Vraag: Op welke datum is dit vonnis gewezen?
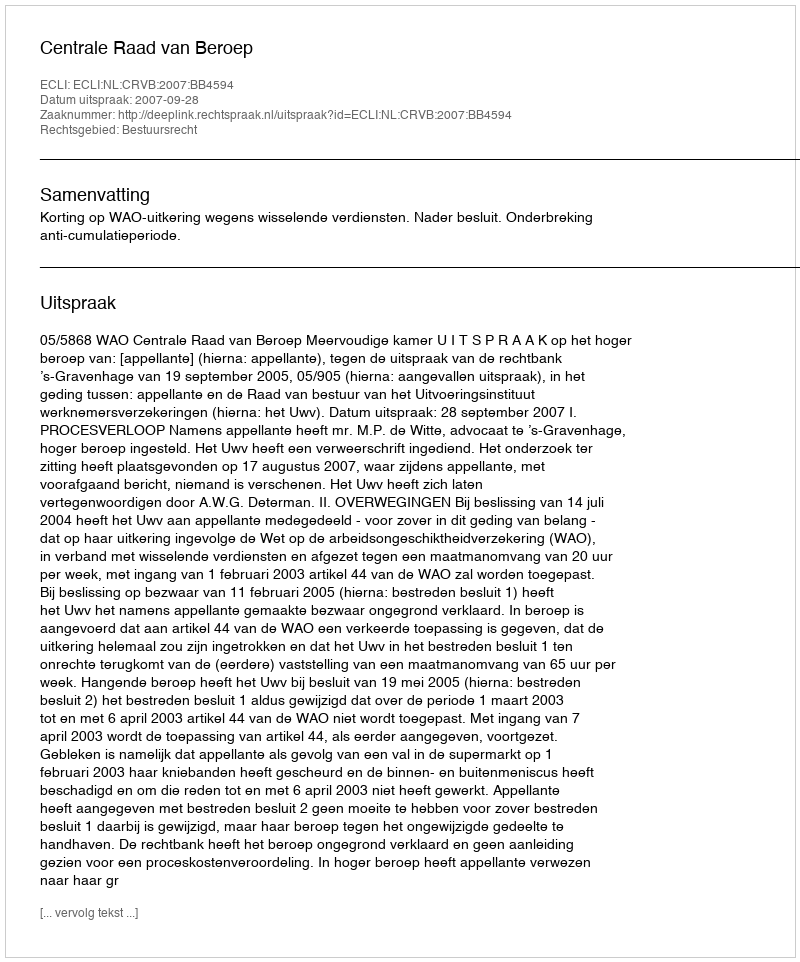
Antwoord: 2007-09-28